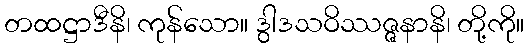
တထဋ္ဌာဒီနိ၊ ကုန်သော။ ဒွါဒသဝိဿဇ္ဇနာနိ၊ တို့ကို။